Vaccination report Assam 1874-1896 - 1874-1896
Year: 1874
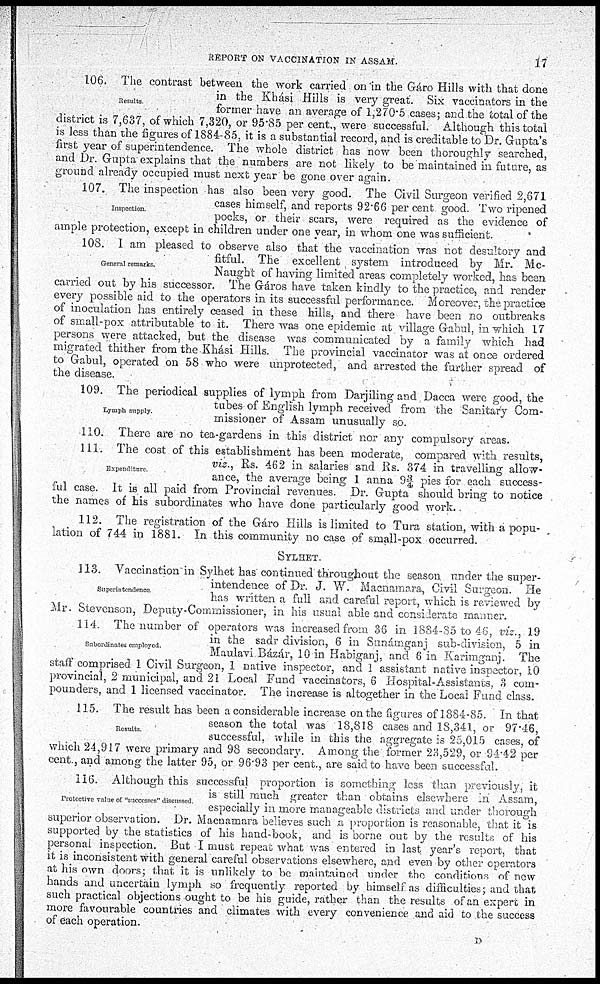
REPORT ON VACCINATION IN ASSAM.
17
Results
106. The contrast between the work carried on in the Gáro Hills with that done
in the Khási Hills is very great . Six vaccinators in the
former have an average of 1,270.5 cases; and the total of the
district is 7,637, of which 7,320, or 95.85 per cent., were successful. Although this total
is less than the figures of 1884-85, it is a substantial record, and is creditable to Dr. Gupta's
first year of superintendence. The whole district has now been thoroughly searched,
and Dr. Gupta explains that the numbers are not likely to be maintained in future, as
ground already occupied must next year be gone over again.
Inspection
107. The inspection has also been very good. The Civil Surgeon verified 2,671
cases himself, and reports 92.66 per cent good. Two ripened
pocks, or their scars, were required as the evidence of
ample protection, except in children under one year, in whom one was sufficient.
General remarks.
108. I am pleased to observe also that the vaccination was not desultory and
fitful. The excellent system introduced by Mr. Mc-
Naught of having limited areas completely worked, has been
carried out by his successor. The Gáros have taken kindly to the practice, and render
every possible aid to the operators in its successful performance. Moreover, the practice
of inoculation has entirely ceased in these hills, and there have been no outbreaks
of small-pox attributable to it. There was one epidemic at village Gabul, in which 17
persons were attacked, but the disease was communicated by a family which had
migrated thither from the Khási Hills. The provincial vaccinator was at once ordered
to Gabul, operated on 58 who were unprotected, and arrested the further spread of
the disease.
Lymph supply
109. The periodical supplies of lymph from Darjiling and Dacca were good, the
tubes of English lymph received from the Sanitary Com-
missioner of Assam unusually so.
110. There are no tea-gardens in this district nor any compulsory areas.
Expenditure
111. The cost of this establishment has been moderate, compared with results,
viz., Rs. 462 in salaries and Rs. 374 in travelling allow-
ance, the average being 1 anna 9¾ pies for each success-
ful case. It is all paid from Provincial revenues. Dr. Gupta should bring to notice
the names of his subordinates who have done particularly good work..
112. The registration of the Gáro Hills is limited to Tura station, with a popu-
lation of 744 in 1881. In this community no case of small-pox occurred.
SYLHET.
Superintendence
113. Vaccination in Sylhet has continued throughout the season under the super-
intendence of Dr. J. W. Macnamara, Civil Surgeon. He
has written a full and careful report, which is reviewed by
Mr. Stevenson, Deputy-Commissioner, in his usual able and considerate manner.
Subordinates employed
114. The number of operators was increased from 36 in 1884-85 to 46, viz., 19
in the sadr division, 6 in Sunáinganj sub-division, 5 in
Maulavi Bázár, 10 in Habiganj, and 6 in Karimganj. The
staff comprised 1 Civil Surgeon, 1 native inspector, and 1 assistant native inspector, 10
provincial, 2 municipal, and 21 Local Fund vaccinators, 6 Hospital-Assistants, 3 com-
pounders, and 1 licensed vaccinator. The increase is altogether in the Local Fund class.
Results
115. The result has been a considerable increase on the figures of 1884-85. In that
season the total was 18,818 cases and 18,341, or 97.46,
successful, while in this the aggregate is 25,015 cases, of
which 24,917 were primary and 98 secondary. Among the former 23,529, or 94.42 per
cent., and among the latter 95, or 96.93 per cent., are said to have been successful.
Protective value of "successes" discussed
116. Although this successful proportion is something less than previously, it
is still much greater than obtains elsewhere in Assam,
especially in more manageable districts and under thorough
superior observation. Dr. Macnamara believes such a proportion is reasonable, that it is
supported by the statistics of his hand-book, and is borne out by the results of his
personal inspection. But I must repeat what was entered in last year's report, that
it is inconsistent with general careful observations elsewhere, and even by other operators
at his own doors; that it is unlikely to be maintained under the conditions of new
hands and uncertain lymph so frequently reported by himself as difficulties; and that
such practical objections ought to be his guide, rather than the results of an expert in
more favourable countries and climates with every convenience and aid to the success
of each operation.